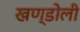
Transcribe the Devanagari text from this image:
खण्डोली